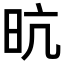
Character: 𭥙